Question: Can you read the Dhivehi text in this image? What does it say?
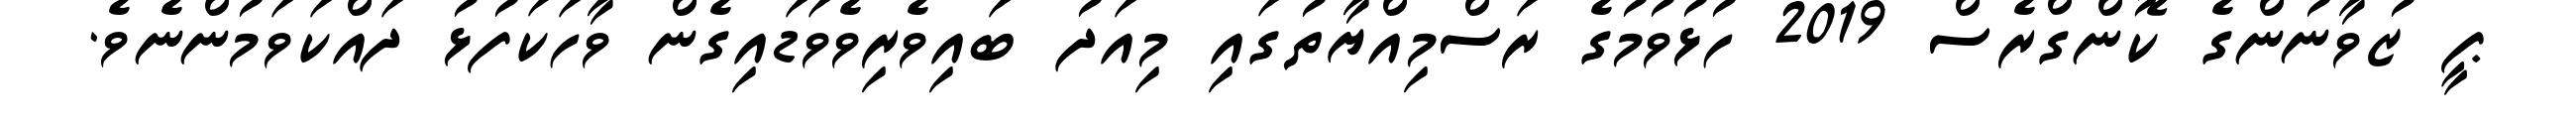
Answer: ޕީ ޒުވާނުންގެ ކޮންގްރެސް 2019 ހުޅުވުމުގެ ރަސްމިއްޔާތުގައި މިއަދު ބައިވެރިވެވަޑައިގެން ވާހަކަފުޅު ދައްކަވަމުންނެވެ.